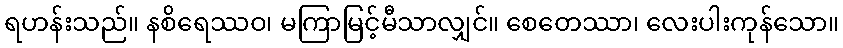
ရဟန်းသည်။ နစိရေဿဝ၊ မကြာမြင့်မီသာလျှင်။ စေတေဿာ၊ လေးပါးကုန်သော။